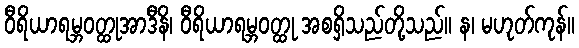
ဝီရိယာရမ္ဘဝတ္ထုအာဒီနိ၊ ဝီရိယာရမ္ဘဝတ္ထု အစရှိသည်တို့သည်။ န၊ မဟုတ်ကုန်။